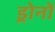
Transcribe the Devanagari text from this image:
ड्रोनों